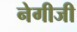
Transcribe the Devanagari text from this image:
नेगीजी